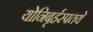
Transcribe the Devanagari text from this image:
योनिबृर्हस्पतये